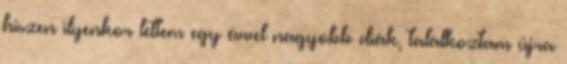
hiszen ilyenkor lettem egy évvel nagyobb diák, találkoztam újra